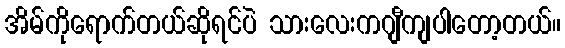
အိမ်ကိုရောက်တယ်ဆိုရင်ပဲ သားလေးကဂျီကျပါတော့တယ်။